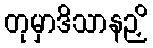
တုမှာဒိသာနဉှိ